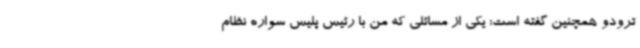
ترودو همچنین گفته است:‌ یکی از مسائلی که من با رئیس پلیس سواره نظام